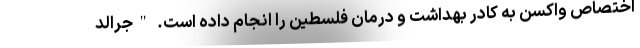
اختصاص واکسن به کادر بهداشت و درمان فلسطین را انجام داده است. "جرالد